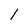
Character: 1